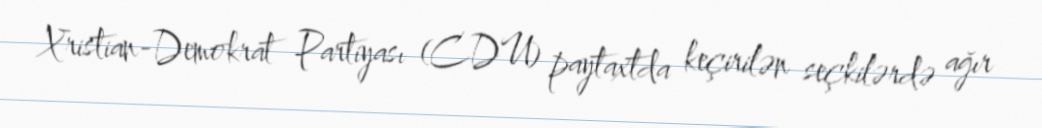
Xristian-Demokrat Partiyası (CDU) paytaxtda keçirilən seçkilərdə ağır